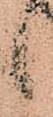
候